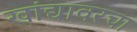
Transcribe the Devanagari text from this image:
खांद्यावरचा